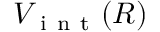
V _ { \mathrm { ~ i ~ n ~ t ~ } } ( R )